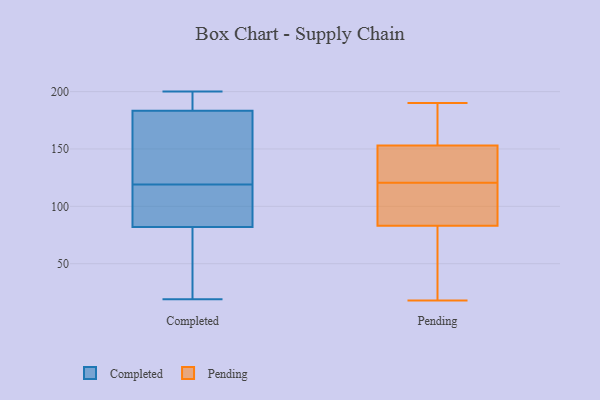
{"axis": {"x": "Customer Acquisition Cost (USD)", "y": "Value"}, "legend": ["Completed", "Pending"], "data": [{"x": "", "y": 90, "type": "Completed"}, {"x": "", "y": 162, "type": "Completed"}, {"x": "", "y": 157, "type": "Completed"}, {"x": "", "y": 72, "type": "Completed"}, {"x": "", "y": 21, "type": "Completed"}, {"x": "", "y": 85, "type": "Completed"}, {"x": "", "y": 193, "type": "Completed"}, {"x": "", "y": 183, "type": "Completed"}, {"x": "", "y": 19, "type": "Completed"}, {"x": "", "y": 119, "type": "Completed"}, {"x": "", "y": 85, "type": "Completed"}, {"x": "", "y": 196, "type": "Completed"}, {"x": "", "y": 73, "type": "Completed"}, {"x": "", "y": 200, "type": "Completed"}, {"x": "", "y": 184, "type": "Completed"}, {"x": "", "y": 95, "type": "Completed"}, {"x": "", "y": 168, "type": "Completed"}, {"x": "", "y": 152, "type": "Pending"}, {"x": "", "y": 119, "type": "Pending"}, {"x": "", "y": 176, "type": "Pending"}, {"x": "", "y": 152, "type": "Pending"}, {"x": "", "y": 64, "type": "Pending"}, {"x": "", "y": 110, "type": "Pending"}, {"x": "", "y": 154, "type": "Pending"}, {"x": "", "y": 101, "type": "Pending"}, {"x": "", "y": 18, "type": "Pending"}, {"x": "", "y": 142, "type": "Pending"}, {"x": "", "y": 57, "type": "Pending"}, {"x": "", "y": 112, "type": "Pending"}, {"x": "", "y": 122, "type": "Pending"}, {"x": "", "y": 141, "type": "Pending"}, {"x": "", "y": 58, "type": "Pending"}, {"x": "", "y": 90, "type": "Pending"}, {"x": "", "y": 158, "type": "Pending"}, {"x": "", "y": 163, "type": "Pending"}, {"x": "", "y": 76, "type": "Pending"}, {"x": "", "y": 190, "type": "Pending"}]}